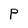
Character: P